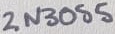
Text: 2N3055